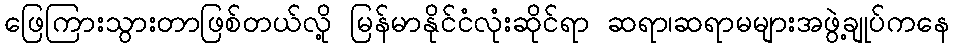
ဖြေကြားသွားတာဖြစ်တယ်လို့ မြန်မာနိုင်ငံလုံးဆိုင်ရာ ဆရာ၊ဆရာမများအဖွဲ့ချုပ်ကနေ